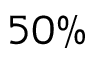
5 0 \%